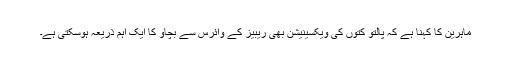
ماہرین کا کہنا ہے کہ پالتو کتوں کی ویکسینیشن بھی ریبیز کے وائرس سے بچاؤ کا ایک اہم ذریعہ ہوسکتی ہے۔